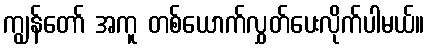
ကျွန်တော် အကူ တစ်ယောက်လွှတ်ပေးလိုက်ပါမယ်။